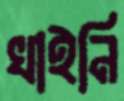
খাইনি